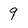
Character: 9